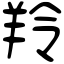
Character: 羚